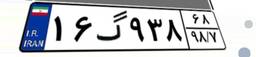
۱۶گ۹۳۸۶۸